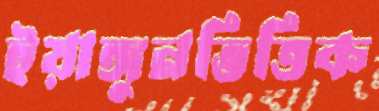
ইয়াঙ্গুনভিত্তিক